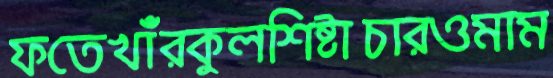
ফতেখাঁরকুলশিষ্টাচারওমাম